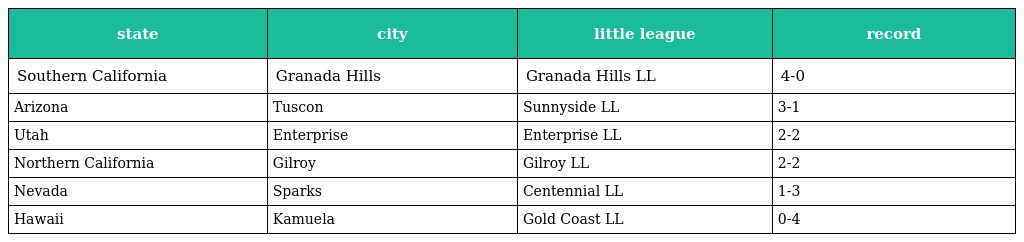
| state | city | little league | record |
 | --- | --- | --- | --- |
 | Southern California | Granada Hills | Granada Hills LL | 4-0 |
 | Arizona | Tuscon | Sunnyside LL | 3-1 |
 | Utah | Enterprise | Enterprise LL | 2-2 |
 | Northern California | Gilroy | Gilroy LL | 2-2 |
 | Nevada | Sparks | Centennial LL | 1-3 |
 | Hawaii | Kamuela | Gold Coast LL | 0-4 |